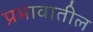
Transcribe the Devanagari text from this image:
प्रभावातील